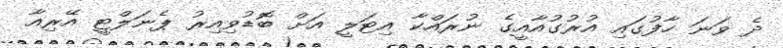
ދެ ވަނަ ހާފުގައި އުރުގުއާއީގެ ނުރައްކާ އިޓަލީ އަށް ބޮޑުވިއިރު ޕެނަލްޓީ އޭރިއާ